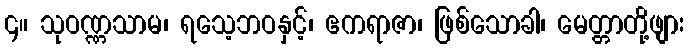
၄။ သုဝဏ္ဏသာမ၊ ရသေ့ဘဝနှင့်၊ ဧကရာဇာ၊ ဖြစ်သောခါ၊ မေတ္တာတို့ဖျား